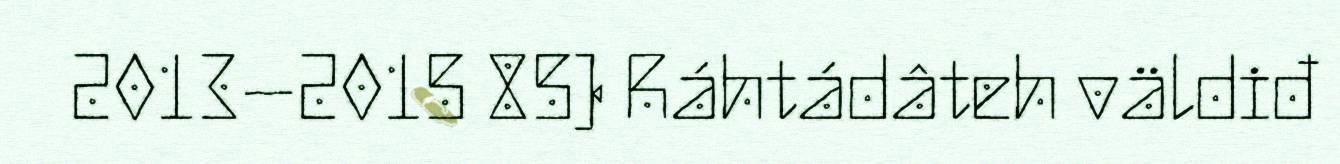
2013–2015 85) Ráhtádâteh väldiđ